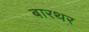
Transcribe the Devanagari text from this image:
बारथर